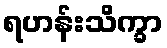
ရဟန်းသိက္ခာ